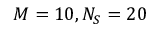
M = 1 0 , N _ { S } = 2 0